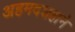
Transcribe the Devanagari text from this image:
अहमदशहाने